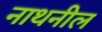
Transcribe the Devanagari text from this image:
नाथनील